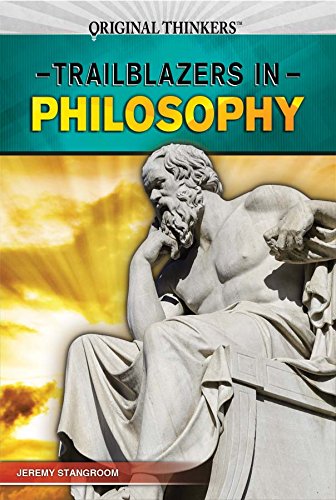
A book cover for Trailblazers in Philosophy (Original Thinkers); Jeremy Stangroom; Teen & Young Adult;